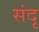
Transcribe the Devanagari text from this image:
संदृ